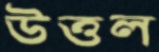
উত্তল